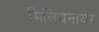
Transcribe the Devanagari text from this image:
मिलियनायर